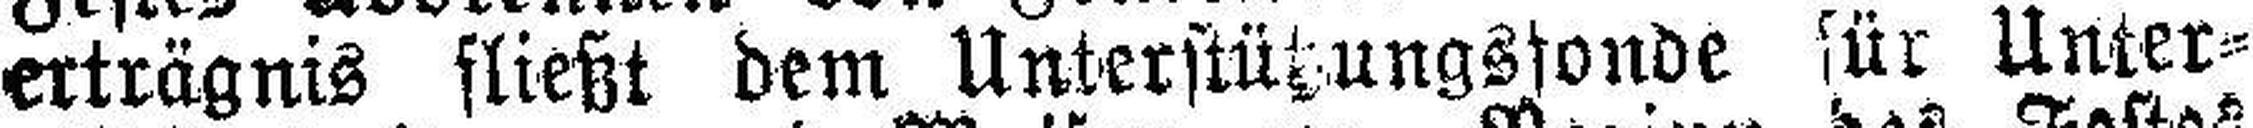
erträgnis fließt dem Unterstützungsfonde für Unter¬